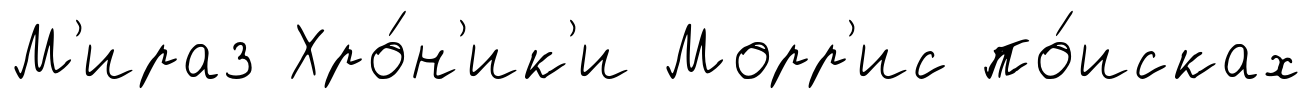
М'ираз Хро́н'ик'и Морр'ис по́исках